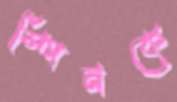
স্পিনকে